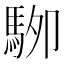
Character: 𱄖